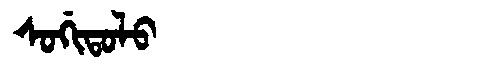
Manchu: ᠰᠣᡤᡳᡨᠣᠯᠣ
Romanization: SOGITOLO